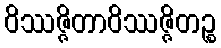
ဝိဿဇ္ဇိတာဝိဿဇ္ဇိတဉ္စ